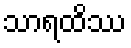
သာရထိဿ